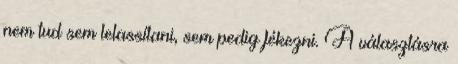
nem tud sem lelassítani, sem pedig fékezni. A választásra